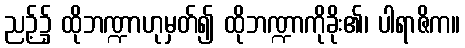
ညဉ့်၌ ထိုဘဏ္ဍာဟုမှတ်၍ ထိုဘဏ္ဍာကိုခိုး၏၊ ပါရာဇိက။